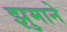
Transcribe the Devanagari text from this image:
झुमाने